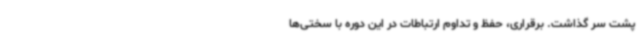
پشت سر گذاشت. برقراری، حفظ و تداوم ارتباطات در این دوره با سختی‌ها